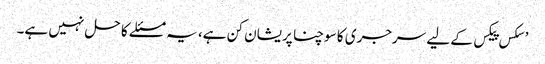
’سکس پیکس کے لیے سرجری کا سوچنا پریشان کن ہے، یہ مسئلے کا حل نہیں ہے۔